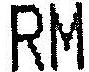
RM